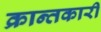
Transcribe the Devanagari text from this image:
क्रान्तकारी